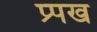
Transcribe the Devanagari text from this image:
प्र्पख